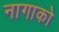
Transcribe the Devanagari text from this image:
नागाको